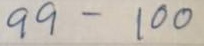
99 - 100